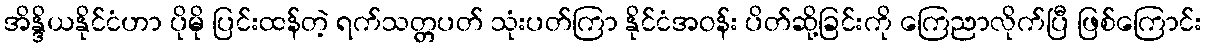
အိန္ဒိယနိုင်ငံဟာ ပိုမို ပြင်းထန်တဲ့ ရက်သတ္တပတ် သုံးပတ်ကြာ နိုင်ငံအဝန်း ပိတ်ဆို့ခြင်းကို ကြေညာလိုက်ပြီ ဖြစ်ကြောင်း